Materia medica of Madras volume I
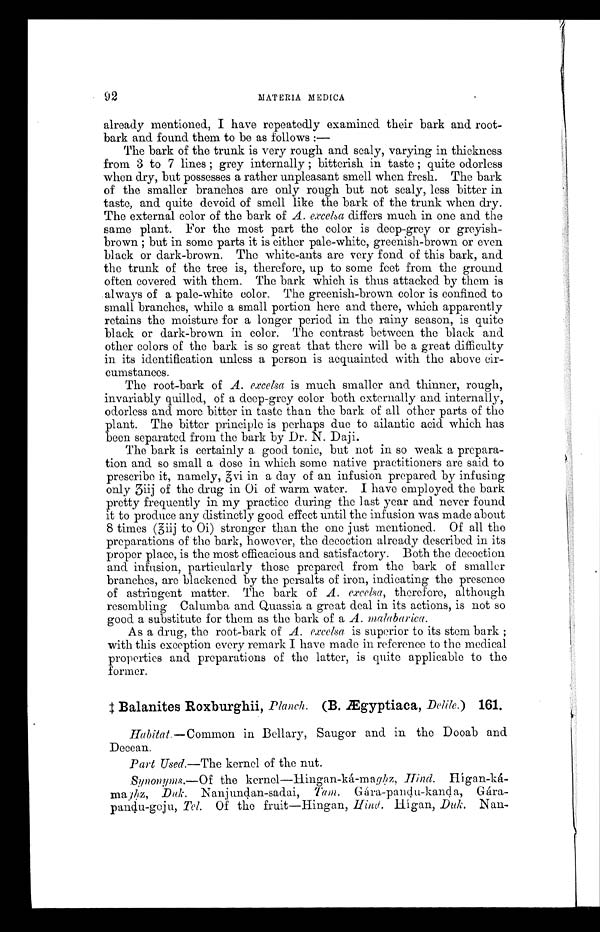
92
MATERIA MEDICA
already mentioned, I have repeatedly examined their bark and root-
bark and found them to be as follows:—
The bark of the trunk is very rough and scaly, varying in thickness
from 3 to 7 lines; grey internally; bitterish in taste; quite odorless
when dry, but possesses a rather unpleasant smell when fresh. The bark
of the smaller branches are only rough but not scaly, less bitter in
taste, and quite devoid of smell like the bark of the trunk when dry.
The external color of the bark of A. excelsa differs much in one and the
same plant. For the most part the color is deep-grey or greyish-
brown; but in some parts it is either pale-white, greenish-brown or even
black or dark-brown. The white-ants are very fond of this bark, and
the trunk of the tree is, therefore, up to some feet from the ground
often covered with them. The bark which is thus attacked by them is
always of a pale-white color. The greenish-brown color is confined to
small branches, while a small portion here and there, which apparently
retains the moisture for a longer period in the rainy season, is quite
black or dark-brown in color. The contrast between the black and
other colors of the bark is so great that there will be a great difficulty
in its identification unless a person is acquainted with the above cir-
cumstances.
The root-bark of A. excelsa is much smaller and thinner, rough,
invariably quilled, of a deep-grey color both externally and internally,
odorless and more bitter in taste than the bark of all other parts of the
plant. The bitter principle is perhaps due to ailantic acid which has
been separated from the bark by Dr. N. Daji.
The bark is certainly a good tonic, but not in so weak a prepara-
tion and so small a dose in which some native practitioners are said to
prescribe it, namely,3vi in a day of an infusion prepared by infusing
only 3iij of the drug in 0i of warm water. I have employed the bark
pretty frequently in my practice during the last year and never found
it to produce any distinctly good effect until the infusion was made about
8 times (3iij to 0i) stronger than the one just mentioned. Of all the
preparations of the bark, however, the decoction already described in its
proper place, is the most efficacious and satisfactory. Both the decoction
and infusion, particularly those prepared from the bark of smaller
branches, are blackened by the persalts of iron, indicating the presence
of astringent matter. The bark of A. excelsa, therefore, although
resembling Calumba and Quassia a great deal in its actions, is not so
good a substitute for them as the bark of a A. malabarica.
As a drug, the root-bark of A. excelsa is superior to its stem bark;
with this exception every remark I have made in reference to the medical
properties and preparations of the latter, is quite applicable to the
former.
‡ Balanites Roxburghii, Planch. (B. Ægyptiaca, Delile.) 161.
Habitat.—Common in Bellary, Saugor and in the Dooab and
Deccan.
Part Used.—The kernel of the nut.
Synonyms. — O f the kernel—Hingan-ká-maghz, Hind. Hígan-ká-
majhz , Duk . Nanjundan-sadai, Tam. Gára-pandu-kanda, Gára-
pandu-goju, Tel. Of the fruit—Hingan, Hind. Hígan,
Duk . Nan-